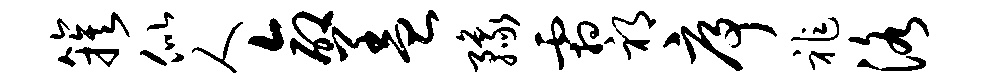
簇似人命盖豫霜祁序祚洛